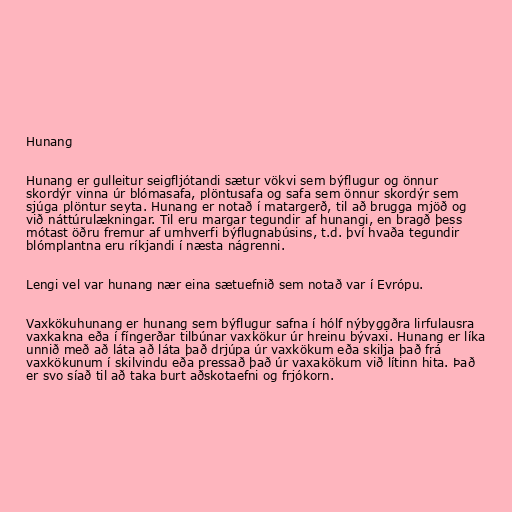
Hunang

Hunang er gulleitur seigfljótandi sætur vökvi sem býflugur og önnur
skordýr vinna úr blómasafa, plöntusafa og safa sem önnur skordýr sem
sjúga plöntur seyta. Hunang er notað í matargerð, til að brugga mjöð og
við náttúrulækningar. Til eru margar tegundir af hunangi, en bragð þess
mótast öðru fremur af umhverfi býflugnabúsins, t.d. því hvaða tegundir
blómplantna eru ríkjandi í næsta nágrenni.

Lengi vel var hunang nær eina sætuefnið sem notað var í Evrópu.

Vaxkökuhunang er hunang sem býflugur safna í hólf nýbyggðra lirfulausra
vaxkakna eða í fíngerðar tilbúnar vaxkökur úr hreinu bývaxi. Hunang er líka
unnið með að láta að láta það drjúpa úr vaxkökum eða skilja það frá
vaxkökunum í skilvindu eða pressað það úr vaxakökum við lítinn hita. Það
er svo síað til að taka burt aðskotaefni og frjókorn.